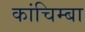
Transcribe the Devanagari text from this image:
कांचिम्बा